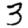
Digit: 3